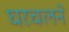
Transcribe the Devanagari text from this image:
घरचलने